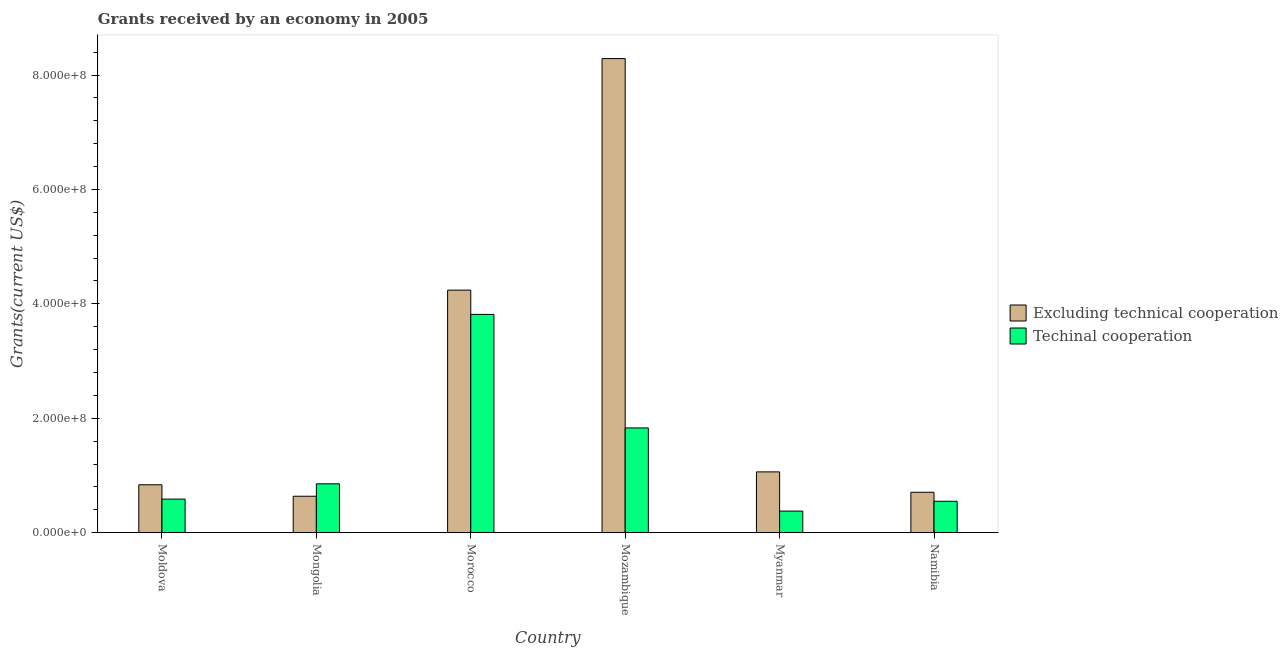
| Country | Excluding technical cooperation | Techinal cooperation |
 | --- | --- | --- |
 | Moldova | 8.38e+07 | 5.88e+07 |
 | Mongolia | 6.37e+07 | 8.55e+07 |
 | Morocco | 4.24e+08 | 3.82e+08 |
 | Mozambique | 8.29e+08 | 1.83e+08 |
 | Myanmar | 1.06e+08 | 3.78e+07 |
 | Namibia | 7.07e+07 | 5.5e+07 |